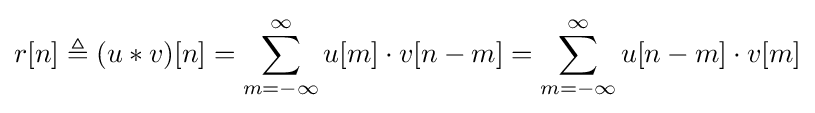
r[n]\triangleq (u*v)[n]=\sum _{m=-\infty }^{\infty }u[m]\cdot v[n-m]=\sum _{m=-\infty }^{\infty }u[n-m]\cdot v[m]